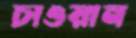
চাওয়ান